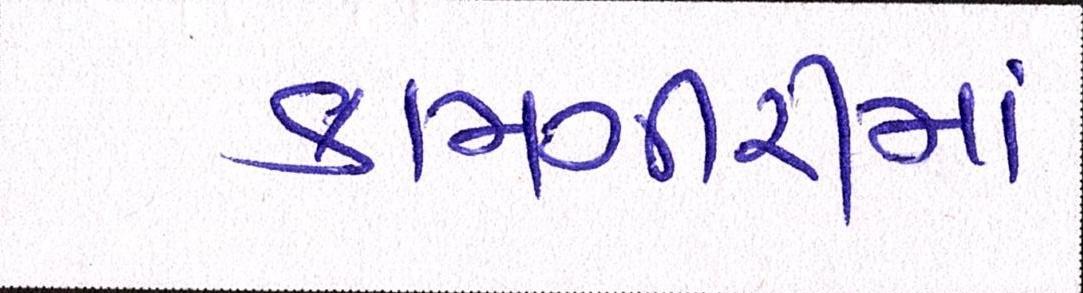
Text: કામગીરીમાં